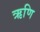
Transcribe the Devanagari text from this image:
ऋणि